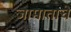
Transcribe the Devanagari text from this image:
जामाताचे